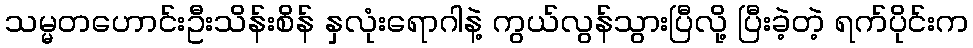
သမ္မတဟောင်းဦးသိန်းစိန် နှလုံးရောဂါနဲ့ ကွယ်လွန်သွားပြီလို့ ပြီးခဲ့တဲ့ ရက်ပိုင်းက